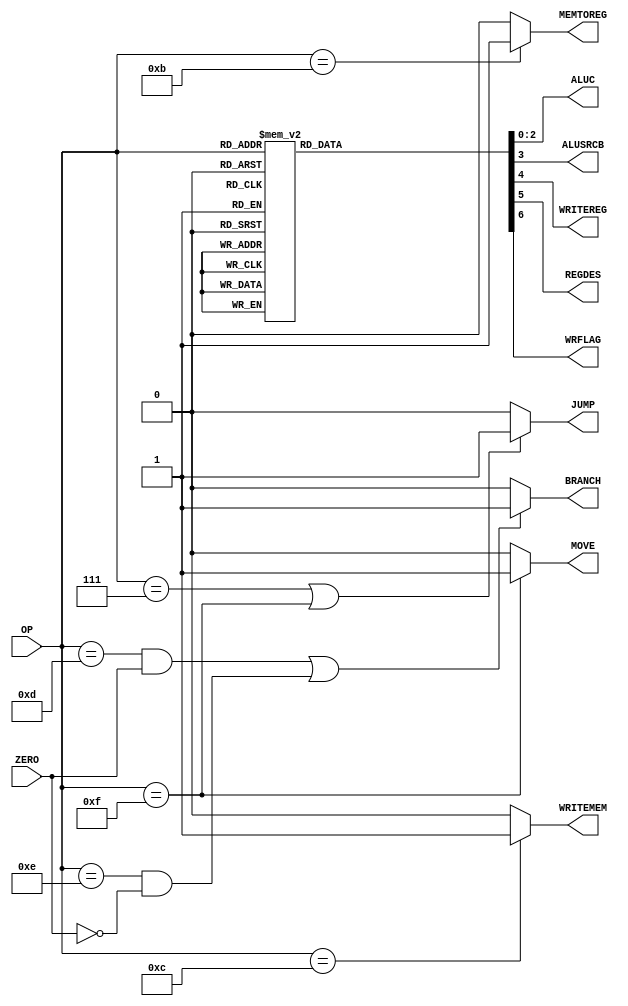
`timescale 1ns / 1ps
//////////////////////////////////////////////////////////////////////////////////
// Company: 
// Engineer: 
// 
// Design Name: 
// Module Name: ctrlunit_InstMOV
// Project Name: 
// Target Devices: 
// Tool Versions: 
// Description: 
// 
// Dependencies: 
// 
// Revision:
// Revision 0.01 - File Created
// Additional Comments:
// 
//////////////////////////////////////////////////////////////////////////////////


module ctrlunit_InstMOV(
    input  wire [3:0] OP       ,
    input  wire       ZERO     ,
    output reg        JUMP     ,
    output reg        BRANCH   ,
    output reg  [2:0] ALUC     ,
    output reg        ALUSRCB  ,
    output reg        WRITEMEM ,
    output reg        WRITEREG ,
    output reg        MEMTOREG ,
    output reg        REGDES   ,
    output reg        WRFLAG   ,
    output reg        MOVE  
    );
    
    parameter 
         ALU_AND  = 3'b000 ,
         ALU_OR   = 3'b001 ,
         ALU_ADD  = 3'b010 ,
         ALU_SUB  = 3'b011 ,
         ALU_SLT  = 3'b100 ,
         ALU_SUBC = 3'b101 ,
         ALU_ADDC = 3'b110 ,
		 ALU_NAN  = 3'b111 ,
         AND      = 4'b0000,
         OR       = 4'b0001,
         ADD      = 4'b0010,
         SUB      = 4'b0011,
         SLT      = 4'b0100,
         SUBC     = 4'b0101,
         ADDC     = 4'b0110,
         JMP      = 4'b0111,
         ANDI     = 4'b1000,
         ORI      = 4'b1001,
         ADDI     = 4'b1010,
         LW       = 4'b1011,
         SW       = 4'b1100,
         BEQ      = 4'b1101,
         MOV      = 4'b1111, //
         BNE      = 4'b1110;
    
always@(*)
    begin
        if(OP == JMP || OP == MOV)     JUMP = 1;
        else                           JUMP = 0;
        
        if( (OP == BEQ && ZERO == 1)||(OP == BNE && ZERO == 0) )  BRANCH = 1;
        else                                                      BRANCH = 0;
        
        if(OP == SW)  WRITEMEM = 1;
        else          WRITEMEM = 0;
        
        if(OP == LW)  MEMTOREG = 1;
        else          MEMTOREG = 0;
        
        if(OP == MOV)  MOVE = 1;
        else           MOVE = 0;
        
        case(OP)
            AND  :
                begin
                    ALUC     = ALU_AND;
                    ALUSRCB  = 0;
                    WRITEREG = 1;
                    REGDES   = 1;
                    WRFLAG   = 0;
                end  
            OR   :
                begin
                    ALUC     = ALU_OR;
                    ALUSRCB  = 0;
                    WRITEREG = 1;
                    REGDES   = 1;
                    WRFLAG   = 0;
                end  
            ADD  :
                begin
                    ALUC     = ALU_ADD;
                    ALUSRCB  = 0;
                    WRITEREG = 1;
                    REGDES   = 1;
                    WRFLAG   = 1;
                end  
            SUB  :
                begin
                    ALUC     = ALU_SUB;
                    ALUSRCB  = 0;
                    WRITEREG = 1;
                    REGDES   = 1;
                    WRFLAG   = 1;
                end  
            SLT  :
                begin
                    ALUC     = ALU_SLT;
                    ALUSRCB  = 0;
                    WRITEREG = 1;
                    REGDES   = 1;
                    WRFLAG   = 0;
                end  
            SUBC :
                begin
                    ALUC     = ALU_SUBC;
                    ALUSRCB  = 0;
                    WRITEREG = 1;
                    REGDES   = 1;
                    WRFLAG   = 1;
                end  
            ADDC :
                begin
                    ALUC     = ALU_ADDC;
                    ALUSRCB  = 0;
                    WRITEREG = 1;
                    REGDES   = 1;
                    WRFLAG   = 1;
                end  
            JMP  :
				begin
                    ALUC     = ALU_NAN;
                    ALUSRCB  = 0;
                    WRITEREG = 0;
                    REGDES   = 0;
                    WRFLAG   = 0;
                end
            ANDI :
				begin
                    ALUC     = ALU_AND;
                    ALUSRCB  = 1;
                    WRITEREG = 1;
                    REGDES   = 0;
                    WRFLAG   = 0;
                end
            ORI  :
				begin
                    ALUC     = ALU_OR;
                    ALUSRCB  = 1;
                    WRITEREG = 1;
                    REGDES   = 0;
                    WRFLAG   = 0;
                end
            ADDI :
				begin
                    ALUC     = ALU_ADD;
                    ALUSRCB  = 1;
                    WRITEREG = 1;
                    REGDES   = 0;
                    WRFLAG   = 1;
                end
            MOV://
                begin
                    ALUC     = ALU_ADD;
                    ALUSRCB  = 1;
                    WRITEREG = 0;
                    REGDES   = 0;
                    WRFLAG   = 0;
                end
            LW   :
				begin
                    ALUC     = ALU_ADD;
                    ALUSRCB  = 1;
                    WRITEREG = 1;
                    REGDES   = 0;
                    WRFLAG   = 0;
                end
            SW   :
				begin
                    ALUC     = ALU_ADD;
                    ALUSRCB  = 1;
                    WRITEREG = 0;
                    REGDES   = 0;
                    WRFLAG   = 0;
                end
            BEQ  :
				begin
                    ALUC     = ALU_SUB;
                    ALUSRCB  = 0;
                    WRITEREG = 0;
                    REGDES   = 0;
                    WRFLAG   = 0;
                end
            BNE  :
				begin
                    ALUC     = ALU_SUB;
                    ALUSRCB  = 0;
                    WRITEREG = 0;
                    REGDES   = 0;
                    WRFLAG   = 0;
                end
            default:
				begin
                    ALUC     = ALU_NAN;
                    ALUSRCB  = 0;
                    WRITEREG = 0;
                    REGDES   = 0;
                    WRFLAG   = 0;
                end
        endcase
   
    end
endmodule